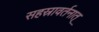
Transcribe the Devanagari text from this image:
सहस्रावर्तनात्‌